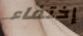
إختفاء